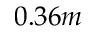
0 . 3 6 m